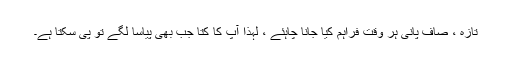
تازہ ، صاف پانی ہر وقت فراہم کیا جانا چاہئے ، لہذا آپ کا کتا جب بھی پیاسا لگے تو پی سکتا ہے۔